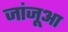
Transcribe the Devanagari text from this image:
जांजूआ